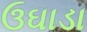
ઉઘાડા